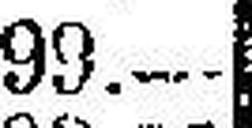
99.—